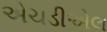
એચડીએલ